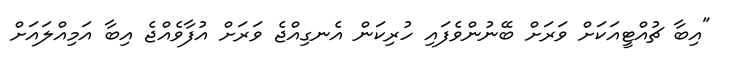
"އިބާ ޗުއްޓީއަކަށް ވަރަށް ބޭނުންވެފައި ހުރިކަން އެނގިއްޖެ ވަރަށް އުފާވެއްޖެ އިބާ އަމިއްލައަށް